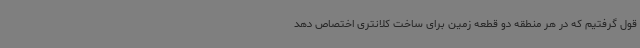
قول گرفتیم که در هر منطقه دو قطعه زمین برای ساخت کلانتری اختصاص دهد